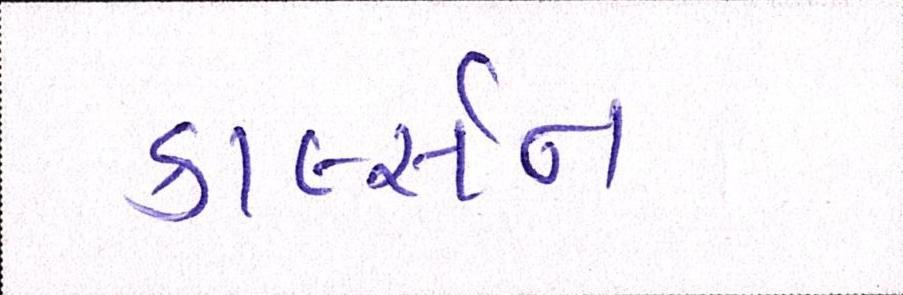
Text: કાર્લ્સન